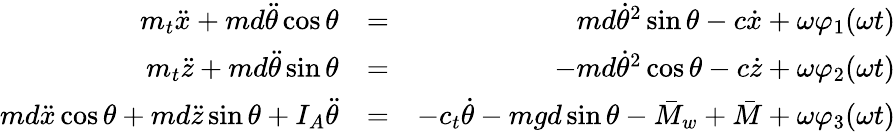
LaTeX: \begin{array}{rlr}{m_{t}\ddot{x}+md\ddot{\theta}\cos\theta}&{=}&{md\dot{\theta}^{2}\sin\theta-c\dot{x}+\omega\varphi_{1}(\omega t)}\\ {m_{t}\ddot{z}+md\ddot{\theta}\sin\theta}&{=}&{-md\dot{\theta}^{2}\cos\theta-c\dot{z}+\omega\varphi_{2}(\omega t)}\\ {md\ddot{x}\cos\theta+md\ddot{z}\sin\theta+I_{A}\ddot{\theta}}&{=}&{-c_{t}\dot{\theta}-mgd\sin\theta-\bar{M}_{w}+\bar{M}+\omega\varphi_{3}(\omega t)}\end{array}